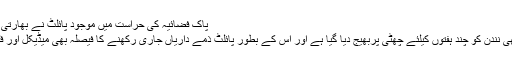
پاک فضائیہ کی حراست میں موجود پائلٹ نے بھارتی ہونے کی تصدیق کردی
ڈاکٹروں کی ہدایت پر ابھی نندن کو چند ہفتوں کیلئے چھٹی پربھیج دیا گیا ہے اور اس کے بطور پائلٹ ذمے داریاں جاری رکھنے کا فیصلہ بھی میڈیکل اور فٹنس ٹیسٹ کے بعد ہوگا۔